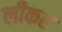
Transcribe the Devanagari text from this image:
लीकर